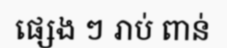
ផ្សេង ៗ រាប់ ពាន់